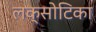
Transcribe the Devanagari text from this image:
लक्सोटिका